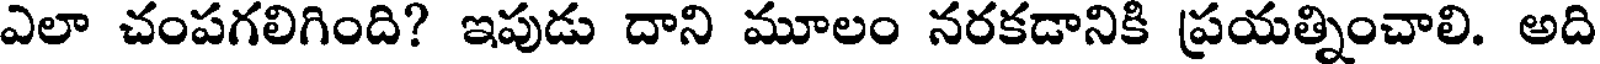
ఎలా చంపగలిగింది? ఇపుడు దాని మూలం నరకడానికి ప్రయత్నించాలి. అది